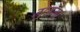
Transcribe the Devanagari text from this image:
मुड़ेगा